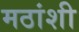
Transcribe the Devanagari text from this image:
मठांशी